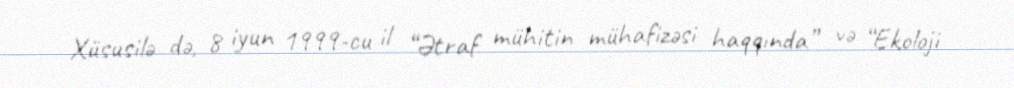
Xüsusilə də, 8 iyun 1999-cu il “Ətraf mühitin mühafizəsi haqqında” və “Ekoloji